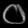
Digit: ၀